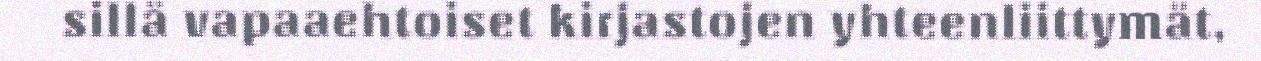
sillä vapaaehtoiset kirjastojen yhteenliittymät,